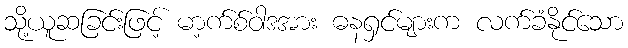
သို့ယူဆခြင်းဖြင့် မာ့က်စ်ဝါဒအား ဓနရှင်များက လက်ခံနိုင်သော